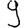
Digit: 9